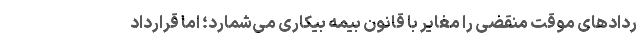
ردادهای موقت منقضی را مغایر با قانون بیمه بیکاری می‌شمارد؛ اما قرارداد